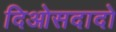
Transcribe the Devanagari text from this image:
दिओसदादो